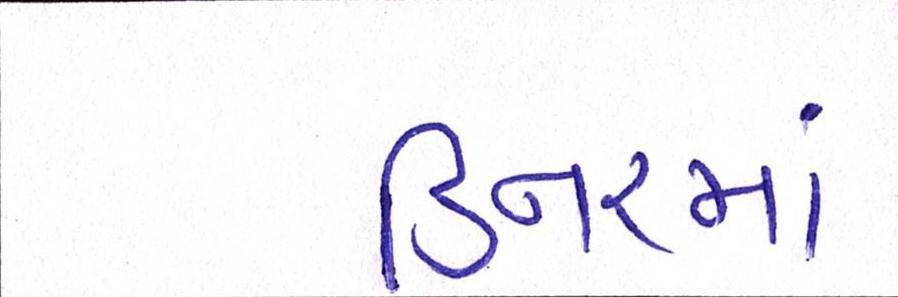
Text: ડિનરમાં